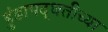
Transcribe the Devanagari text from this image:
हुंडापद्धतीच्या